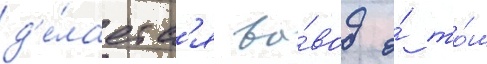
д'е́лаетс'я вы́вод о́ то́м